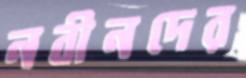
নবীনদের